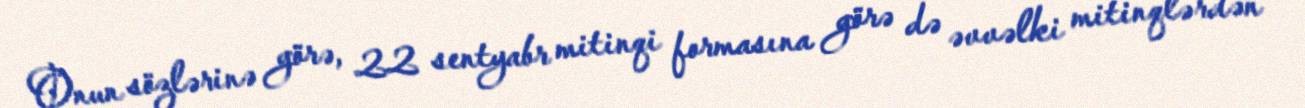
Onun sözlərinə görə, 22 sentyabr mitinqi formasına görə də əvvəlki mitinqlərdən